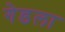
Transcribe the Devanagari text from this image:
गेडला